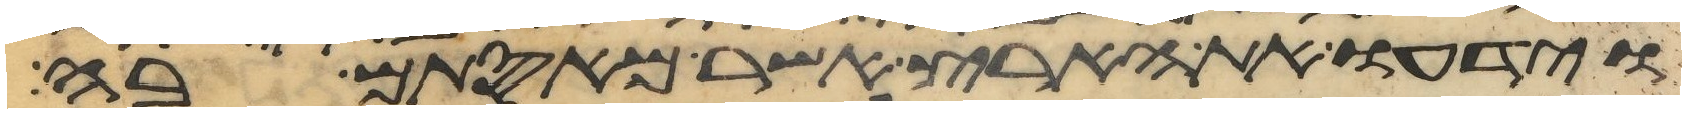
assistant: וידעו את הארץ אשר מאסתם בה